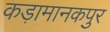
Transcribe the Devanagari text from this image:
कड़ामानकपुर